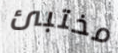
مختبئ